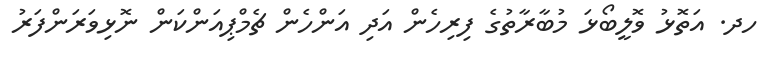
ހދ. އަތޮޅު ވޮލީބޯޅަ މުބާރާތުގެ ފިރިހެން އަދި އަންހެން ޗެމްޕިއަންކަން ނޮޅިވަރަންފަރު